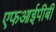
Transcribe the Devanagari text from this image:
एफआईपीबी